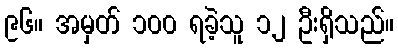
၉၆။ အမှတ် ၁၀၀ ရခဲ့သူ ၁၂ ဦးရှိသည်။